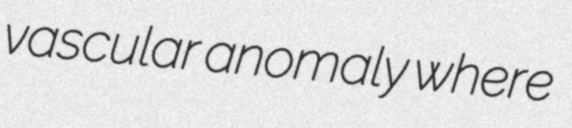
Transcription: vascular anomaly where